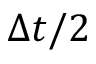
\Delta t / 2